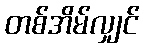
တစ်အိမ်လျှင်